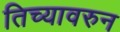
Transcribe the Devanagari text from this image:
तिच्यावरुन